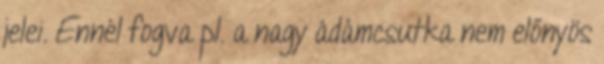
jelei. Ennél fogva pl. a nagy ádámcsutka nem előnyös